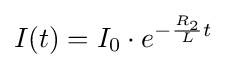
I(t)=I_{0}\cdot e^{-{R_{2} \over L}t}